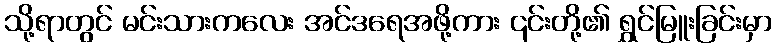
သို့ရာတွင် မင်းသားကလေး အင်ဒရေအဖို့ကား ၎င်းတို့၏ ရွှင်မြူးခြင်းမှာ